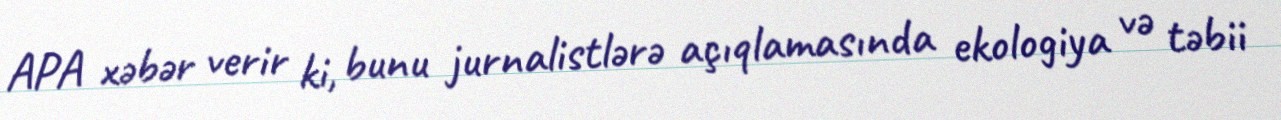
APA xəbər verir ki, bunu jurnalistlərə açıqlamasında ekologiya və təbii